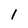
Character: 1